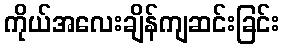
ကိုယ်အလေးချိန်ကျဆင်းခြင်း